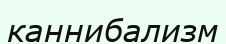
каннибализм